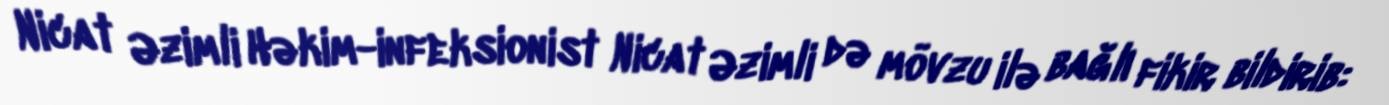
Nicat Əzimli Həkim-infeksionist Nicat Əzimli də mövzu ilə bağlı fikir bildirib: